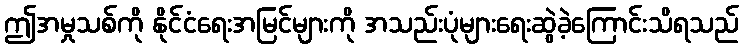
ဤအမှုသစ်ကို နိုင်ငံရေးအမြင်များကို အသည်းပုံများရေးဆွဲခဲ့ကြောင်းသိရသည်